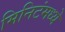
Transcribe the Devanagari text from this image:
मिनिटंमध्ये